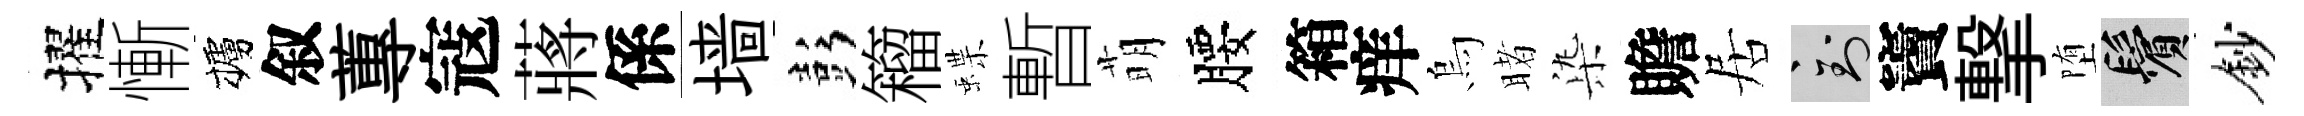
擢慚櫨叙蓴寇蔣係墙彭籕蝶暫萌腰箱痒烏睹𣑱贍居到竇撃堕鬢鈔